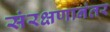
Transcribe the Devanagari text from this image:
संरक्षणानंतर